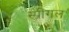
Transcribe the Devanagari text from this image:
स्प्रीगल